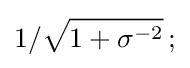
1/{\sqrt {1+\sigma ^{-2}}}\,;